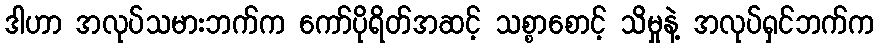
ဒါဟာ အလုပ်သမားဘက်က ကော်ပိုရိတ်အဆင့် သစ္စာစောင့် သိမှုနဲ့ အလုပ်ရှင်ဘက်က